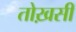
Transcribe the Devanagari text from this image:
तोख़सी